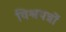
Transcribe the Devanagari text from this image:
विश्वपत्रों